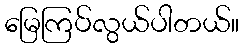
မြေကြပ်လွယ်ပါတယ်။